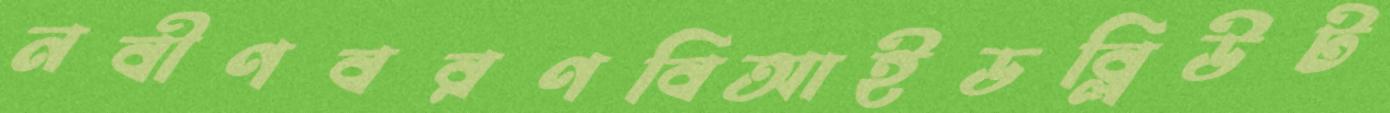
নবীণবরণবিআইডব্লিউট